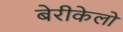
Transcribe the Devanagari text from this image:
बेरीकेलो